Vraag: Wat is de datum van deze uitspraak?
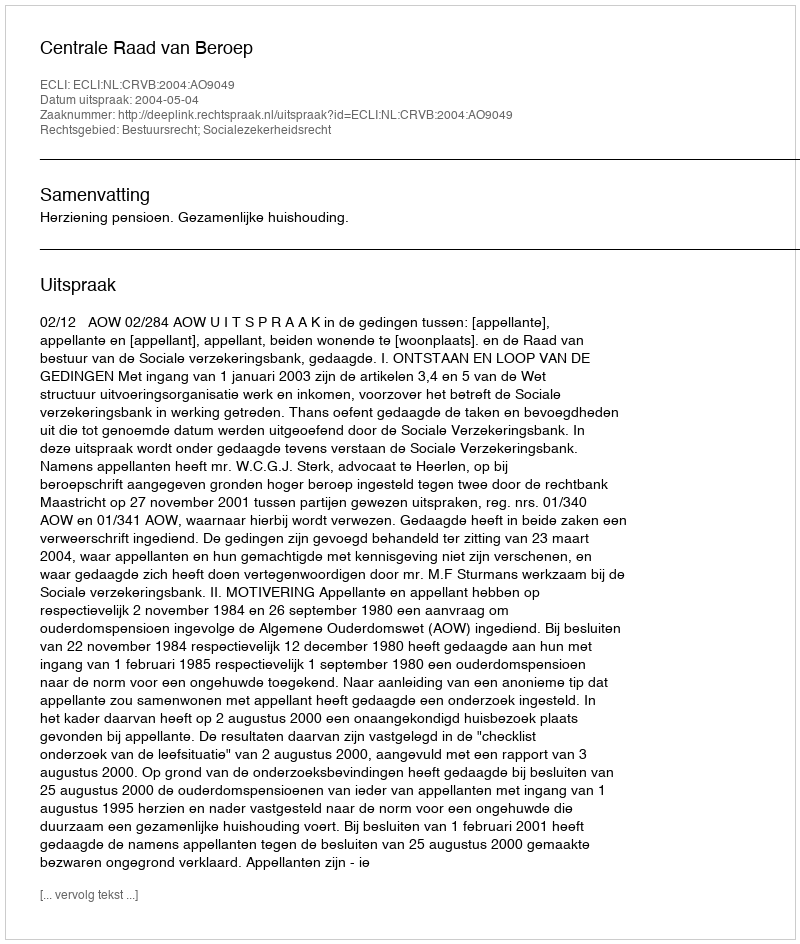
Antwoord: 2004-05-04